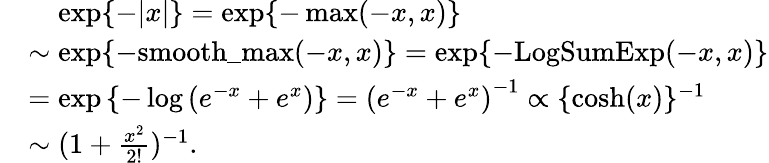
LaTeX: \begin{array}{rl}&{\mathrel{\phantom{=}}\exp\{ -|x|\} =\exp\{ -\operatorname*{max}(-x,x)\} }\\ &{\sim\exp\{ -\mathrm{smooth\_ max}(-x,x)\} =\exp\{ -\mathrm{LogSumExp}(-x,x)\} }\\ &{=\exp\left\{ -\log\left(e^{-x}+e^{x}\right)\right\} =\left(e^{-x}+e^{x}\right)^{-1}\propto\{ \cosh(x)\} ^{-1}}\\ &{\sim\textstyle(1+\frac{x^{2}}{2!})^{-1}.}\end{array}